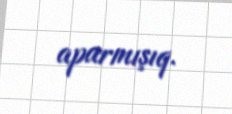
aparmışıq.